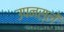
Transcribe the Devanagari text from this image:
उपनस्लें